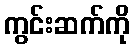
ကွင်းဆက်ကို